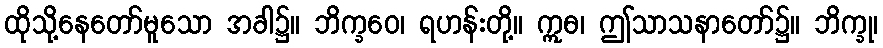
ထိုသို့နေတော်မူသော အခါ၌။ ဘိက္ခဝေ၊ ရဟန်းတို့။ ဣဓ၊ ဤသာသနာတော်၌။ ဘိက္ခု၊